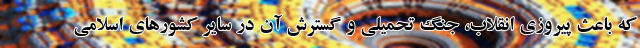
که باعث پیروزی انقلاب، جنگ تحمیلی و گسترش آن در سایر کشورهای اسلامی